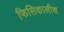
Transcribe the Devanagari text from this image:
फिसिकालीश